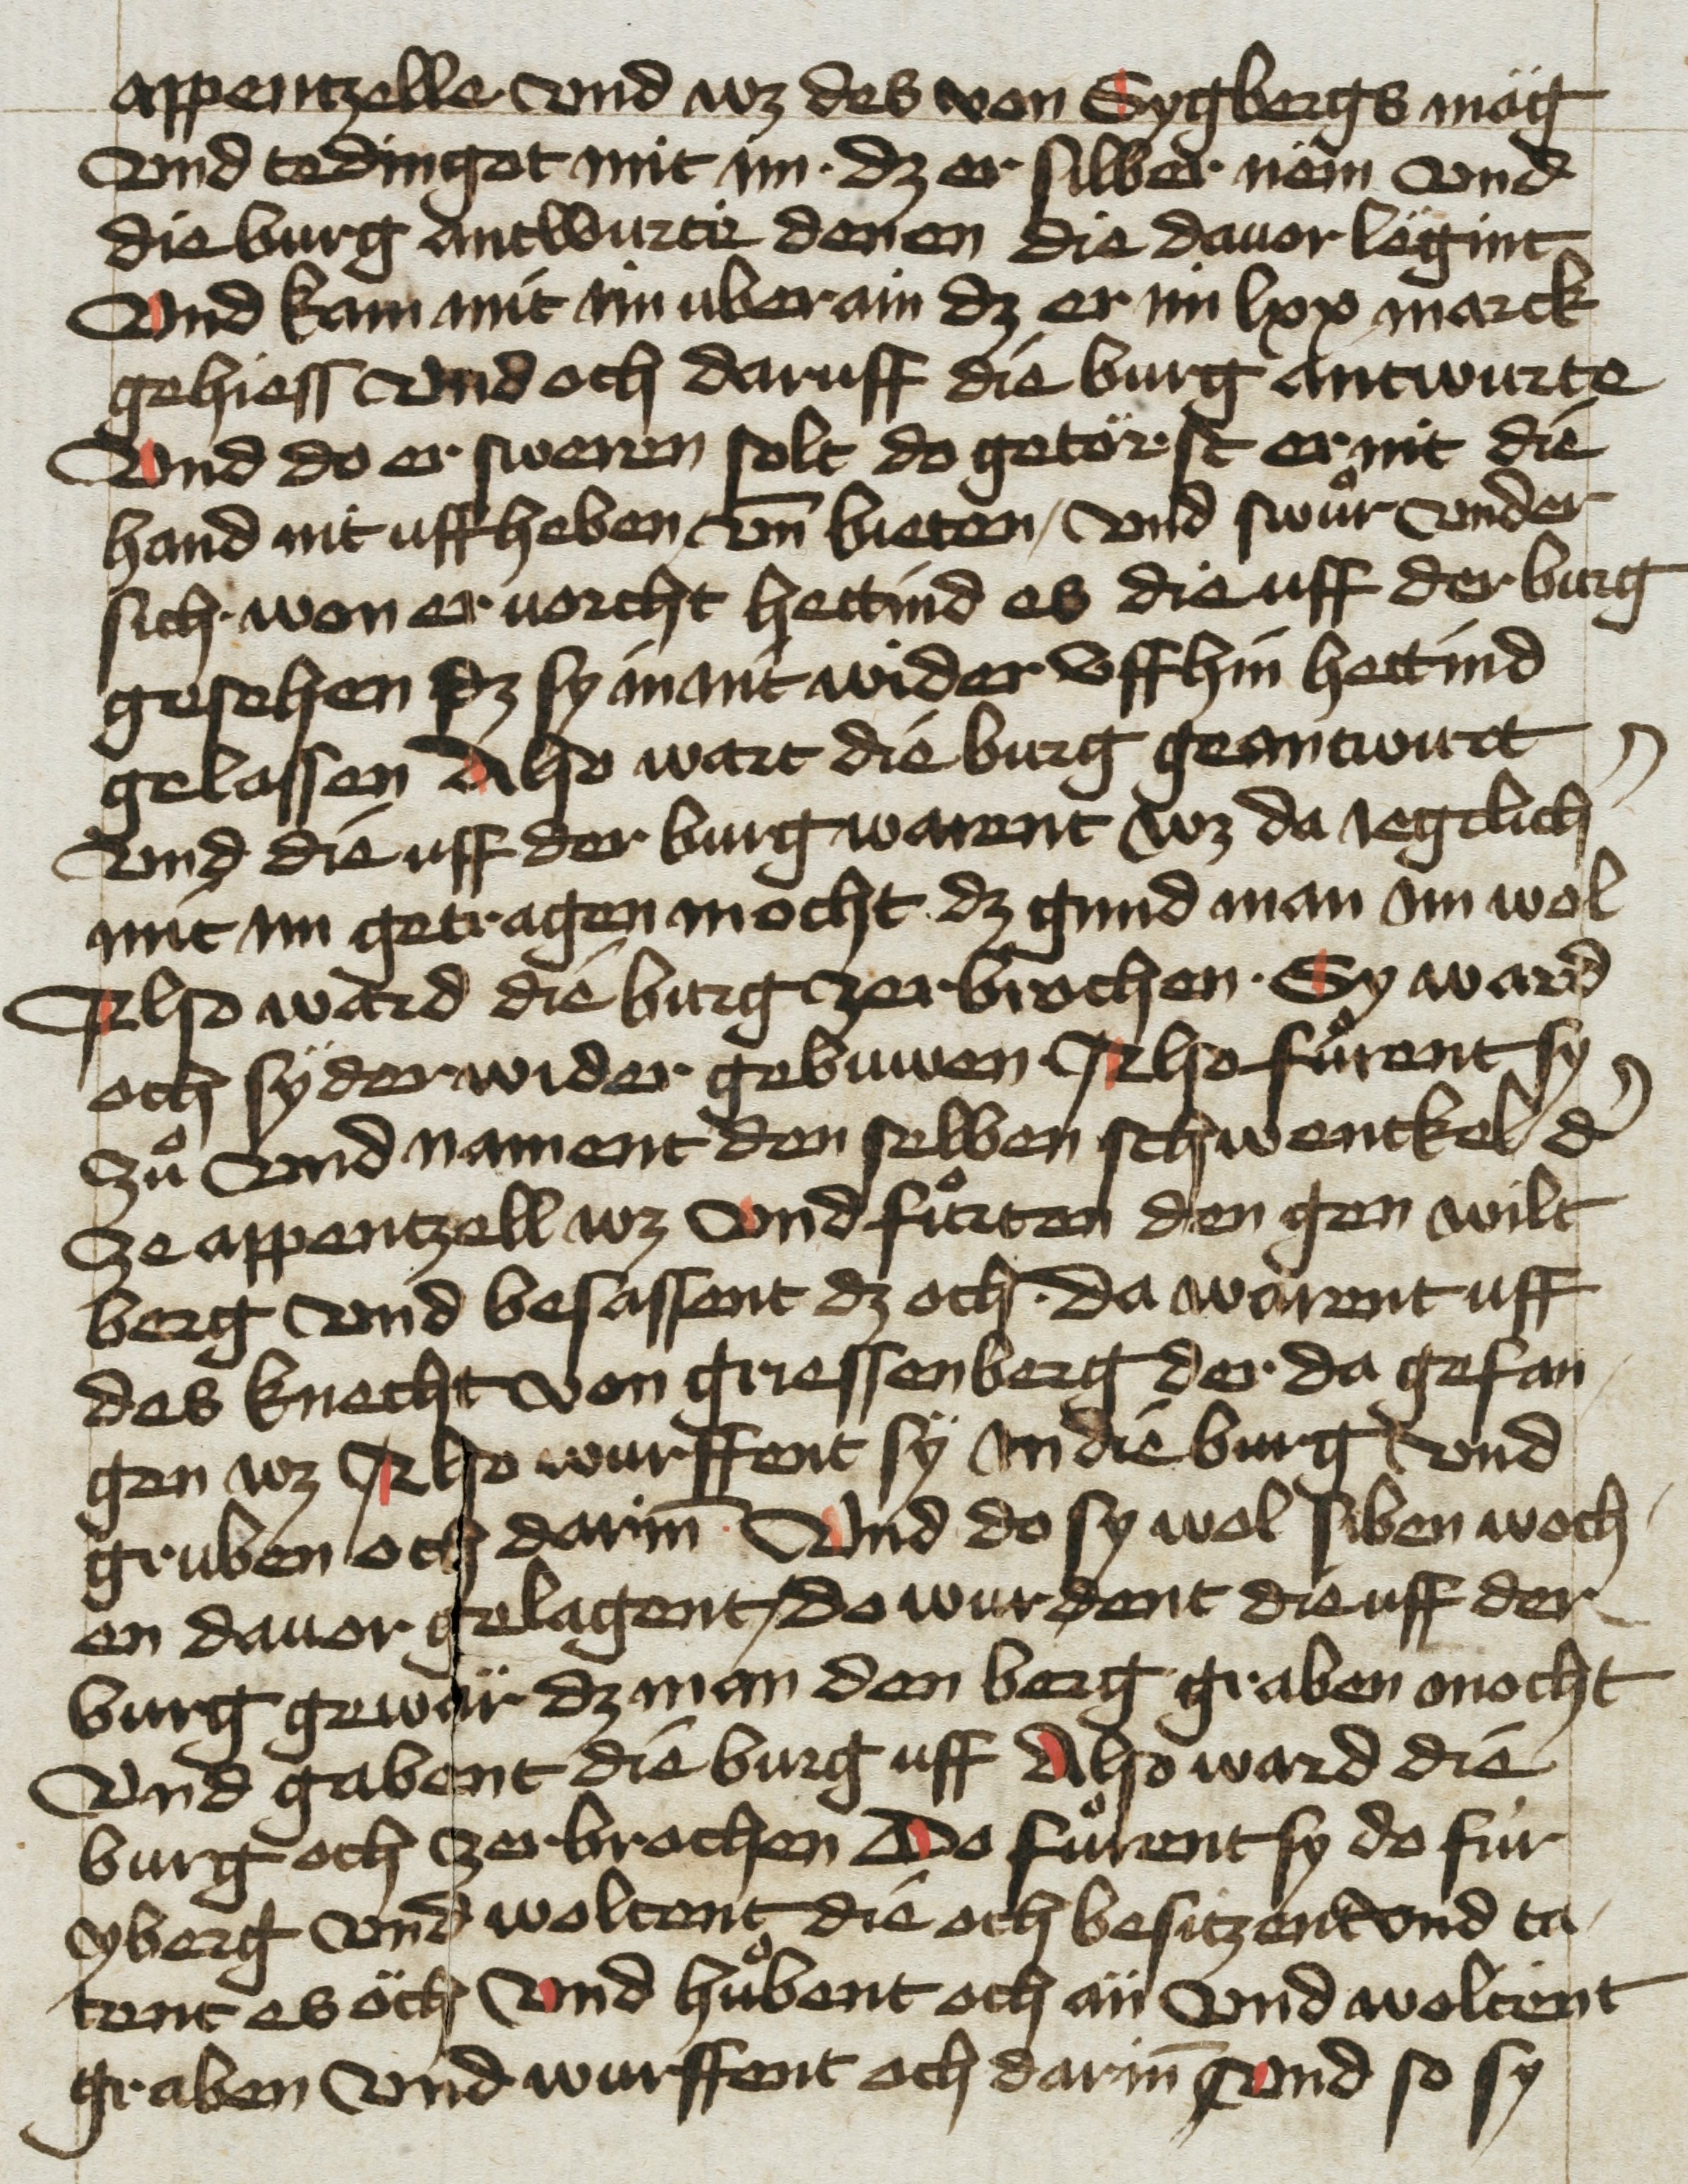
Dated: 1455–1465